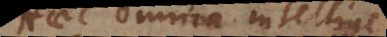
ec omnia intellige